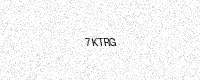
Text: 7KTRG